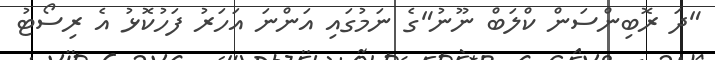
"ދަ ރޮބިންސަން ކްލަބް ނޫނު"ގެ ނަމުގައި އަންނަ އަހަރު ފަހުކޮޅު އެ ރިސޯޓު